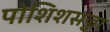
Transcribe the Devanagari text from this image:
पोशिशसज्जा